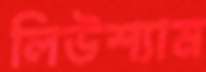
লিউশ্যাম